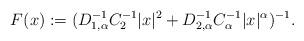
LaTeX: \begin{align*} F(x) := (D_{1,\alpha}^{-1} C_2^{-1}|x|^2 + D_{2,\alpha}^{-1} C_\alpha^{-1}|x|^\alpha)^{-1}. \end{align*}